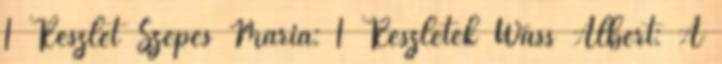
1 Részlet Szepes Mária: 1 Részletek Wass Albert: A